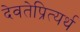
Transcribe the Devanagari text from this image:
देवतेप्रित्यर्थ